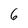
Character: 6